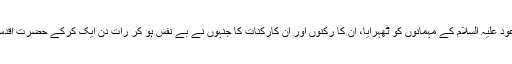
اسی طرح میں میزبانوں اور ان لوگوں کا جنہوں نے اپنے گھروں میں حضرت اقدس مسیح موعود علیہ السلام کے مہمانوں کو ٹھہرایا، ان کا رکنوں اور ان کارکنات کا جنہوں نے بے نفس ہو کر رات دن ایک کرکے حضرت اقدس مسیح موعود علیہ الصلوٰۃ والسلام کے مہمانوں کی خدمت کی ان سب کا شکریہ ادا کرتا ہوں۔